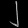
Digit: ၂